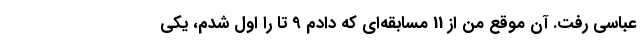
عباسی رفت. آن موقع من از 11 مسابقه‌ای که دادم 9 تا را اول شدم، یکی